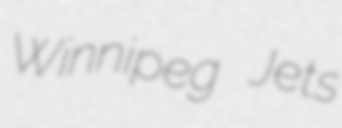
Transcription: Winnipeg Jets